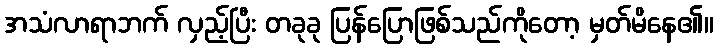
အသံလာရာဘက် လှည့်ပြီး တခုခု ပြန်ပြောဖြစ်သည်ကိုတော့ မှတ်မိနေ၏။